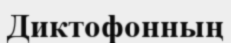
Диктофонның